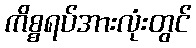
ကိစ္စရပ်အားလုံးတွင်